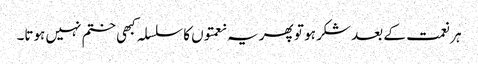
ہر نعمت کے بعد شکر ہو تو پھر یہ نعمتوں کا سلسلہ کبھی ختم نہیں ہوتا۔